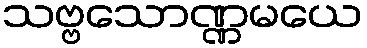
သဗ္ဗသောဏ္ဏမယေ